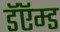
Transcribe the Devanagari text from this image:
डॅऍम्ड